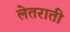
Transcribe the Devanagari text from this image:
लेतराती